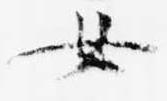
女